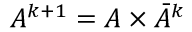
\begin{array} { r } { A ^ { k + 1 } = A \times \Bar { A } ^ { k } } \end{array}